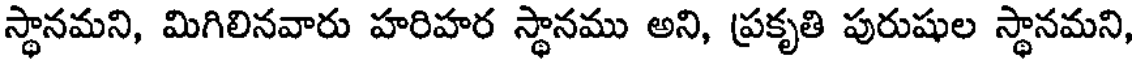
స్థానమని, మిగిలినవారు హరిహర స్థానము అని, ప్రకృతి పురుషుల స్థానమని,